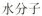
水分子